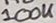
Text: 100K